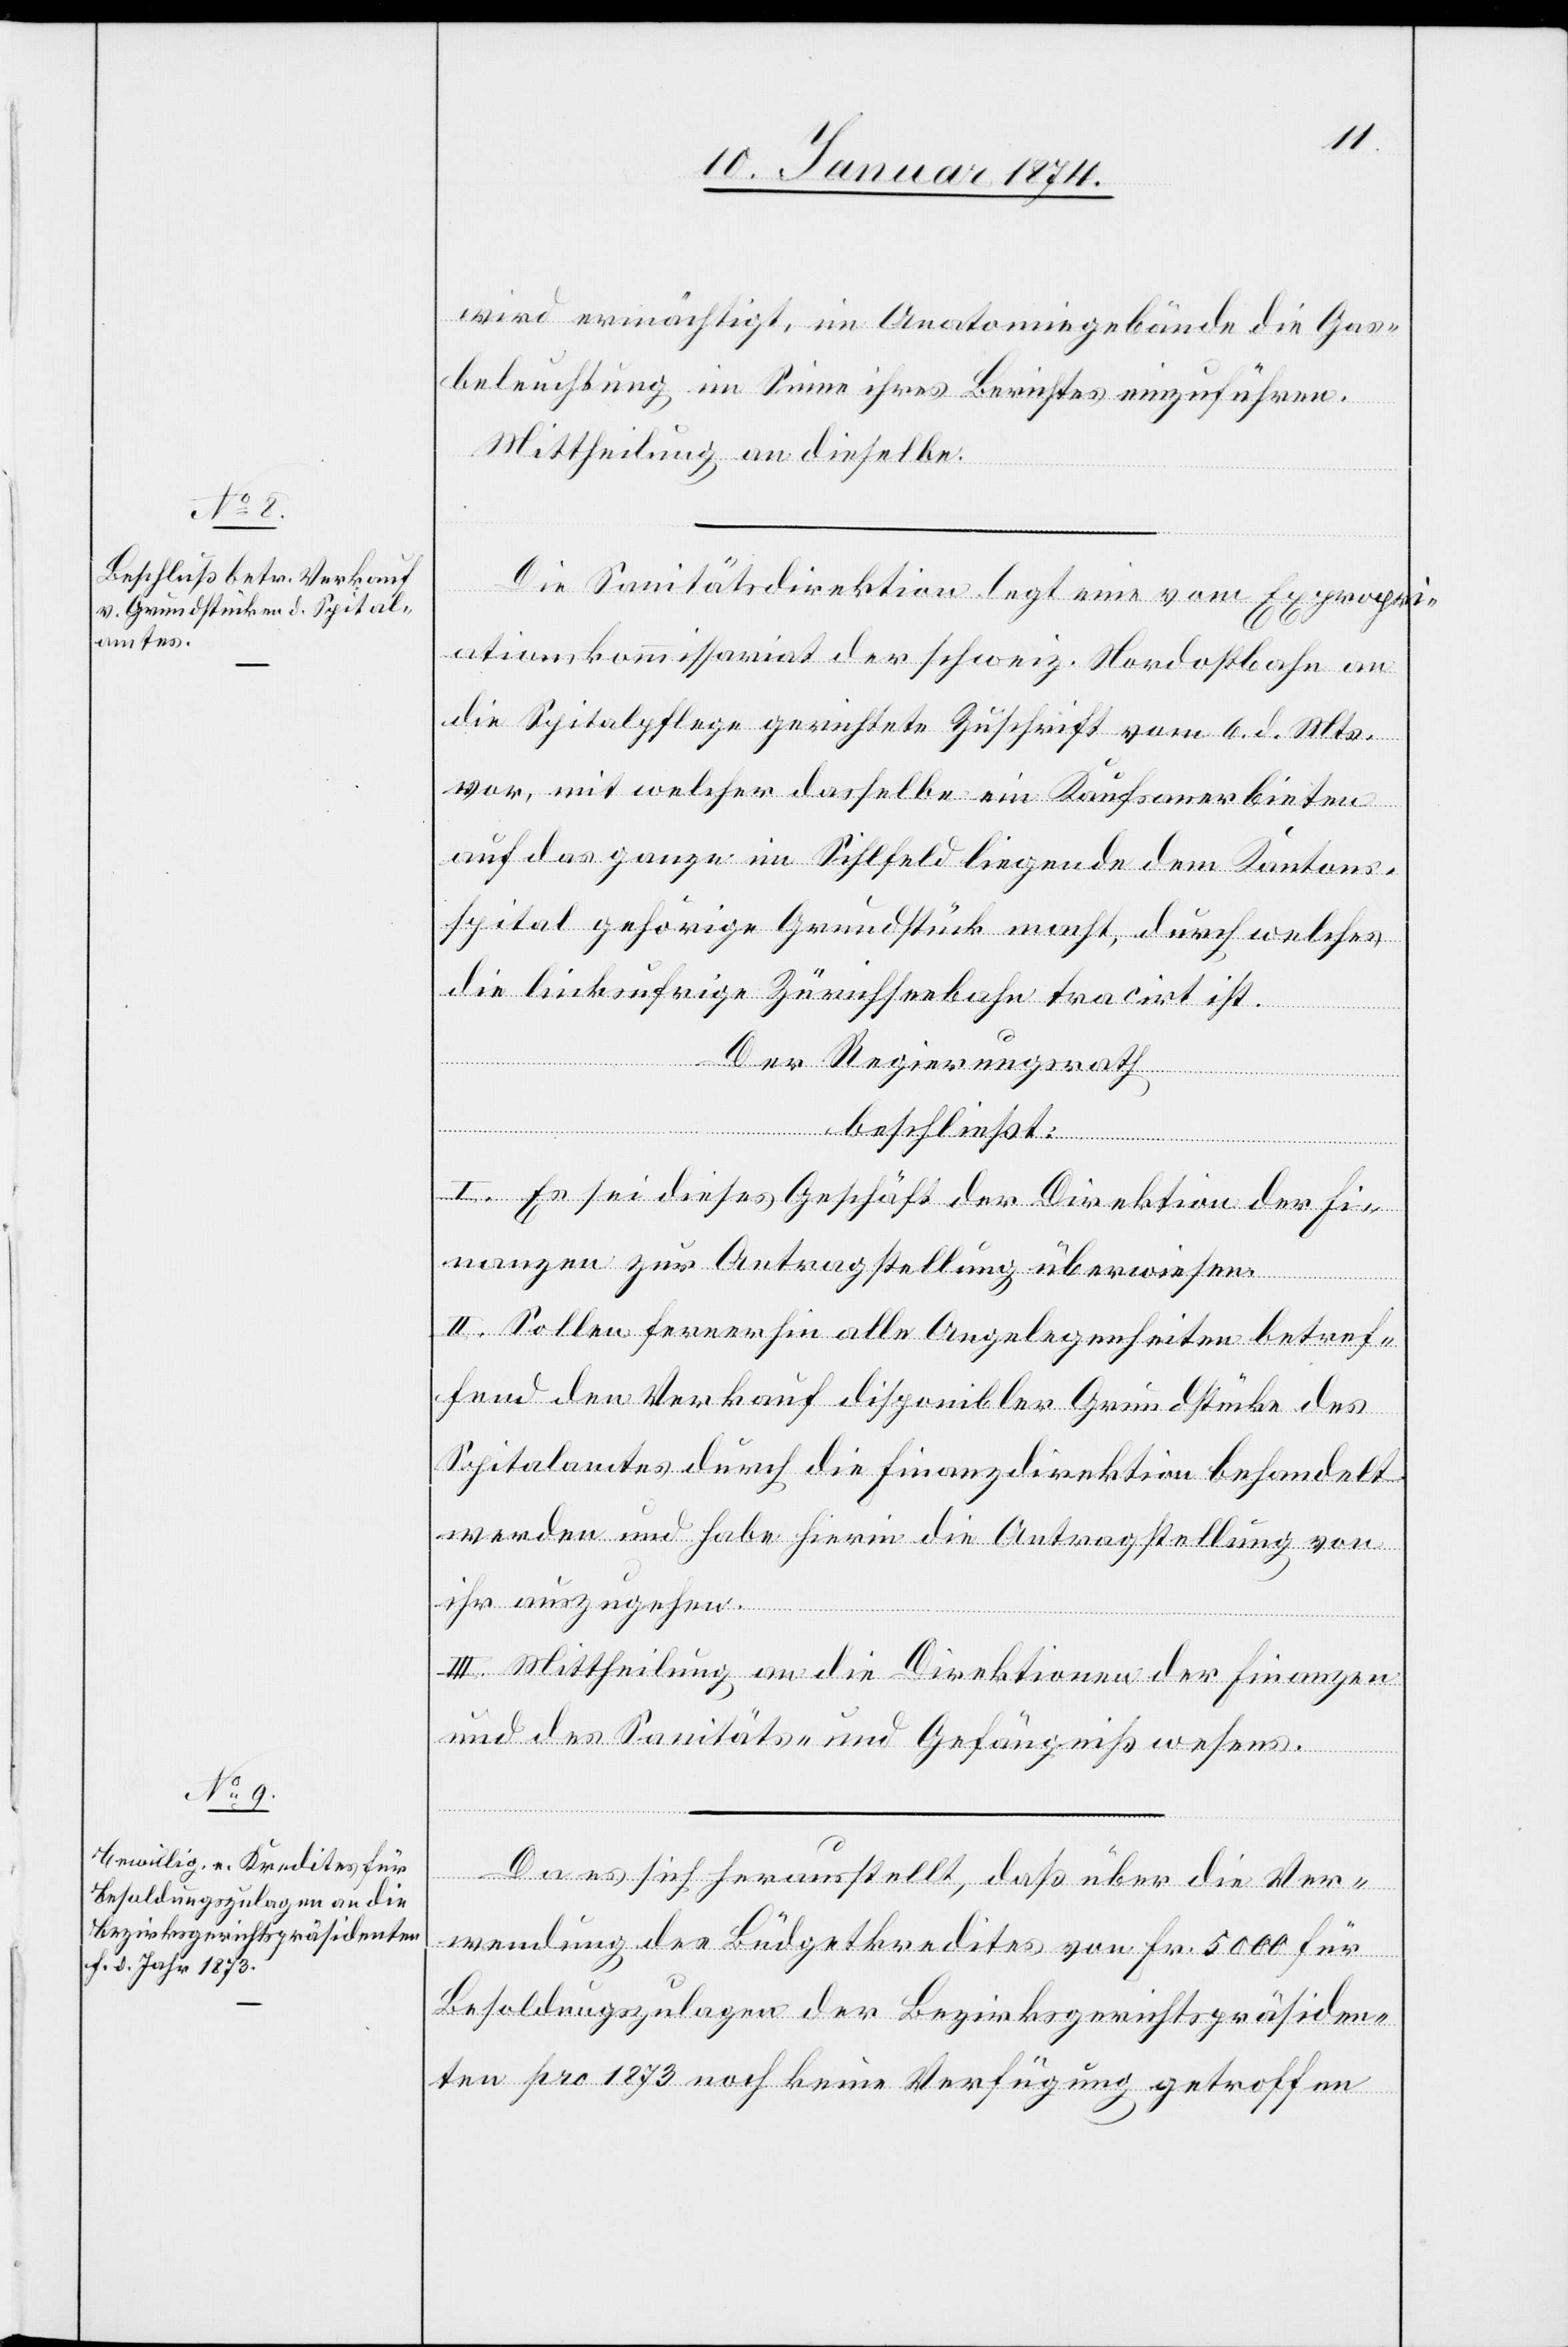
wird ermächtigt, im Anatomiegebäude die Gas¬
beleuchtung im Sinne ihres Berichtes einzuführen.
Mittheilung an dieselbe.
Die Sanitätsdirektion legt eine vom Expropri¬
ationskommissariat der schweiz. Nordostbahn an
die Spitalpflege gerichtete Zuschrift vom 6. d. Mts.
vor, mit welcher dasselbe ein Kaufsanerbieten
auf das ganze im Sihlfeld liegende dem Kantons¬
spital gehörige Grundstück macht, durch welches
die linksufrige Zürichseebahn tracirt ist.
Der Regierungsrath,
beschließt:
I. Es sei dieses Geschäft der Direktion der Fi¬
nanzen zur Antragstellung überwiesen.
II. Sollen fernerhin alle Angelegenheiten betref¬
fend den Verkauf disponibler Grundstücke des
Spitalamtes durch die Finanzdirektion behandelt
werden und habe hierin die Antragstellung von
ihr auszugehen.
III. Mittheilung an die Direktionen der Finanzen
und des Sanitäts- und Gefängnißwesens.
Da es sich herausstellt, daß über die Ver¬
wendung des Budgetkredites von Fr. 5000 für
Besoldungszulagen der Bezirksgerichtspräsiden¬
ten pro 1873 noch keine Verfügung getroffen